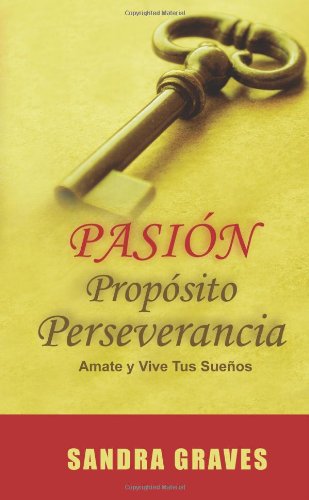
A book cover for PasiÃ³n PropÃ³sito Perseverancia (Spanish Edition - Libro de autoestima y superaciÃ³n personal); Sandra Graves; Health, Fitness & Dieting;